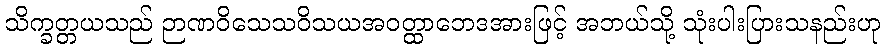
သိက္ခတ္တယသည် ဉာဏဝိသေသဝိသယအဝတ္ထာဘေဒအားဖြင့် အဘယ်သို့ သုံးပါးပြားသနည်းဟု